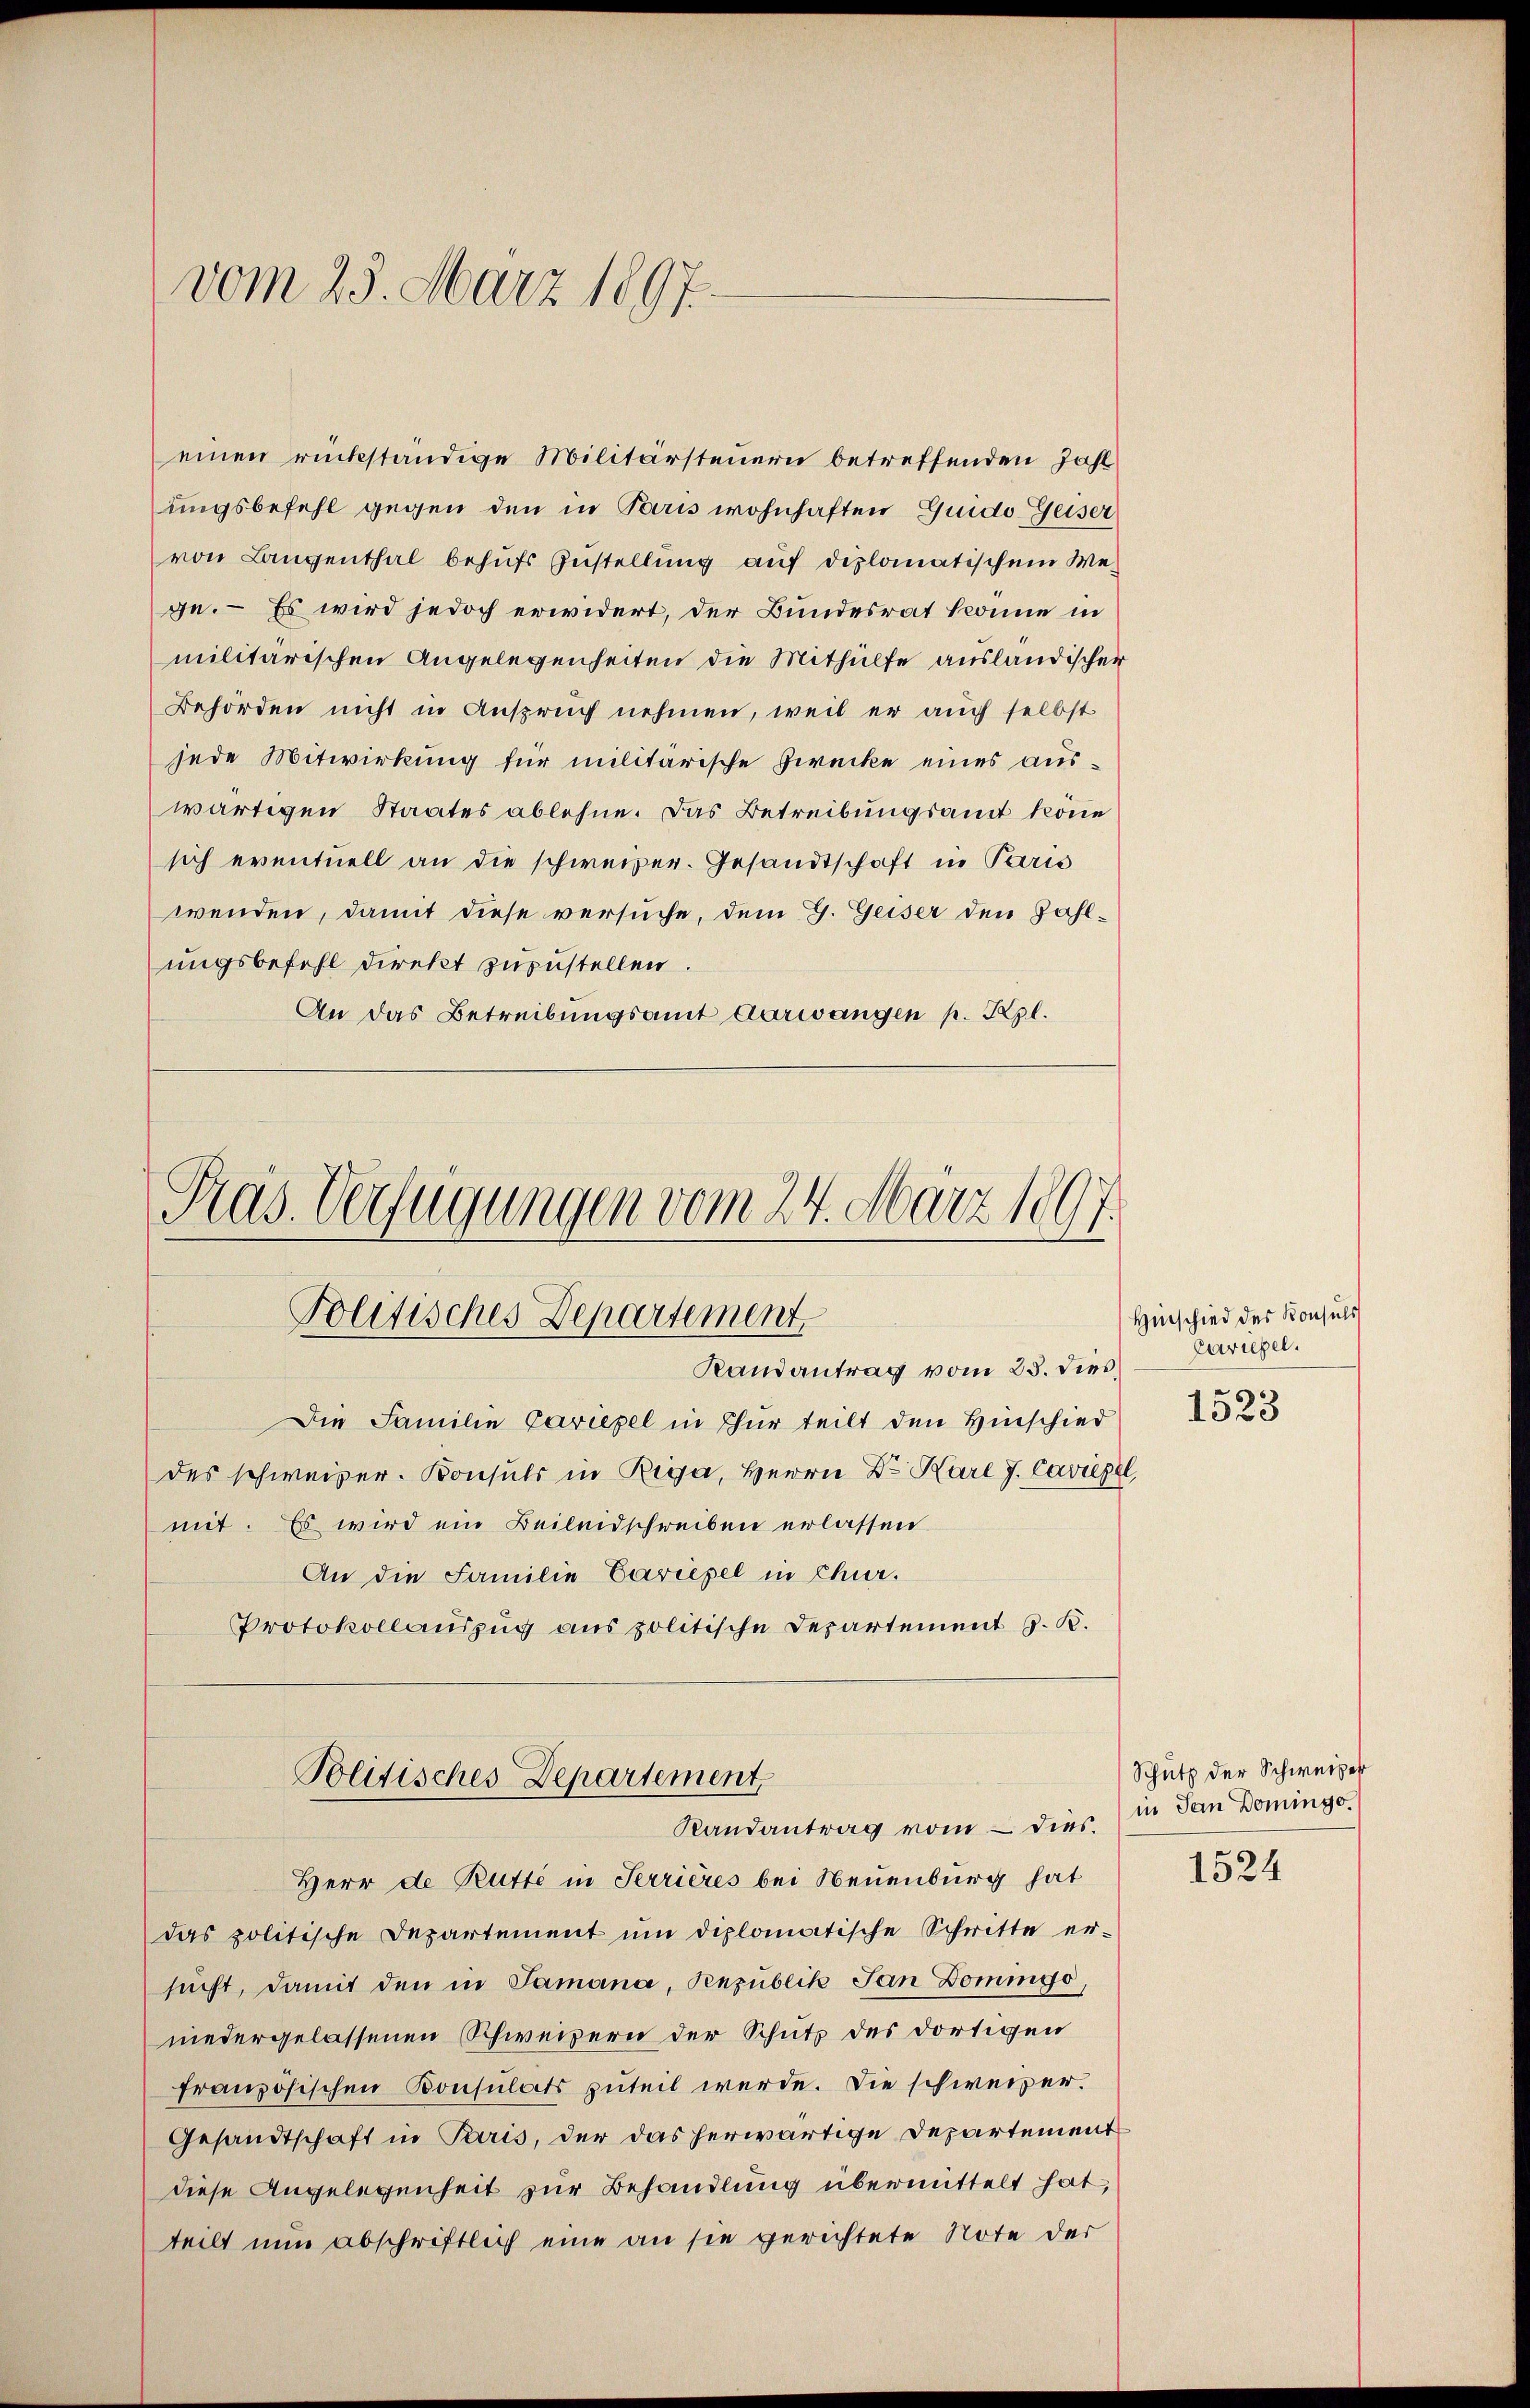
ungsbefehl gegen den in Paris wohnhaften Guido Geiser
von Langenthal behufs Zustellung auf diplomatischem Wege. — Es wird jedoch erwidert, der Bundesrat könne in
militärischen Angelegenheiten die Mithülfe ausländischer
Behörden nicht in Anspruch nehmen, weil er auch selbst
jede Mitwirkung für militärische Zwecke eines auswärtigen Staates ablehne. Das Betreibungsamt könne
sich eventuell an die schweizer. Gesandtschaft in Paris
wenden, damit diese versuche, dem G. Geiser den Zahlungsbefehl direkt zuzustellen
An das Betreibungsamt Aarwangen p. Kgl.

vom 23. März 1897.

einen rückständige Militärsteuern betreffenden Zahl

Präs. Verfügungen vom 24. März 1891
Politisches Departement,
Randantrag vom 25. dieß,

Die Familie Caviepel in Thur teilt den Hinschied
des schweizer. Konsuls in Riga, Herrn Dr. Karl J. Cavigel,
mit. Es wird ein Beileidschreiben erlassen
An die Familie Cariegel in Chur.
Protokollauszug aus politische Departement J. K.

Herr de Rutti in Serrières bei Neuenburg hat
das politische Departement um diplomatische Schritte er-
sucht, damit den in Samana, Republik Jan Domingo,
niedergelassenen Schweizern der Schutz des dortigen
französischen Konsulats zuteil werde. Die schweizer¬
Gesandtschaft in Paris, der das herwärtige Departementdiese Angelegenheit zur Behandlung übermittelt hat,
teilt nun abschriftlich eine an sie gerichtete Note der

Politisches Departement,
Randantrag vom – dies

Hinschied des Konsuls
Curiegel.
1523

Schutz der Schweizer
in San Domingo.

1524